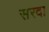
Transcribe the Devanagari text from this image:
सरदा